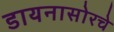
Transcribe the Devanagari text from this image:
डायनासोरचे